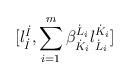
LaTeX: \begin{align*}\lbrack l^{\dot{I}}_{\dot{I}}, \sum_{i=1}^m \beta^{\dot{L}_i}_{\dot{K}_i} l^{\dot{K}_i}_{\dot{L}_i} \rbrack\end{align*}